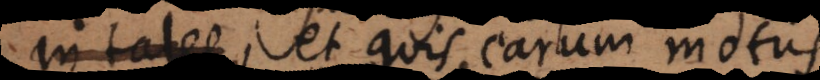
in tales, et quis earum motus.